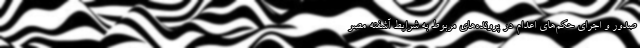
صدور و اجرای حکم‌های اعدام در پرونده‌های مربوط به شرایط آشفته مصر